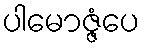
ပါမောဇ္ဇံပေ